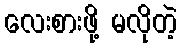
လေးစားဖို့ မလိုတဲ့